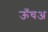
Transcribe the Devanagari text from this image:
ऊँचअ